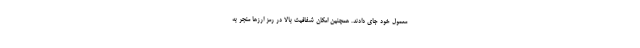
معمول خود جای دادند. همچنین امکان شفافیت بالا در رمز ارزها منجر به